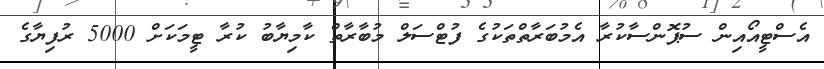
އެސްޓީއޯއިން ސުޕޮންސާކުރާ އެމުބަރާތްތަކުގެ ފުޓްސަލް މުބާރާތް ކާމިޔާބު ކުރާ ޓީމަކަށް 5000 ރުފިޔާގެ